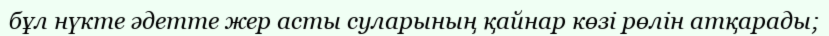
бұл нүкте әдетте жер асты суларының қайнар көзі рөлін атқарады;